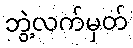
ဘွဲ့လက်မှတ်